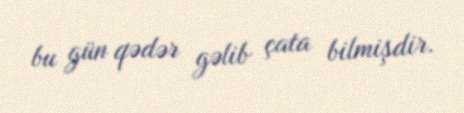
bu gün qədər gəlib çata bilmişdir.